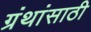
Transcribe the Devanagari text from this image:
ग्रंथांसाठी